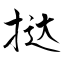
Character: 挞